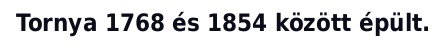
Tornya 1768 és 1854 között épült.